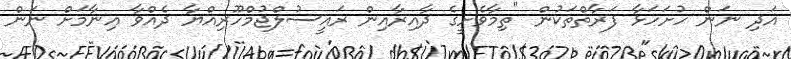
އަދި ނަން ހުށަހަޅާ ފަރާތްތަކުން "ތިމާވެށީގެ ދާއިރާއިން ރައީސުލްޖުމްހޫރިއްޔާ ދެއްވާ އިނާމަށް ނަން